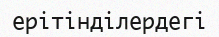
ерітінділердегі